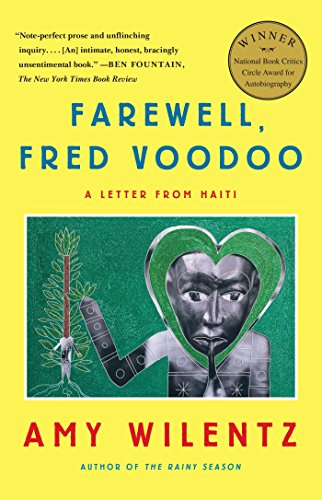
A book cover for Farewell, Fred Voodoo: A Letter from Haiti; Amy Wilentz; Travel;